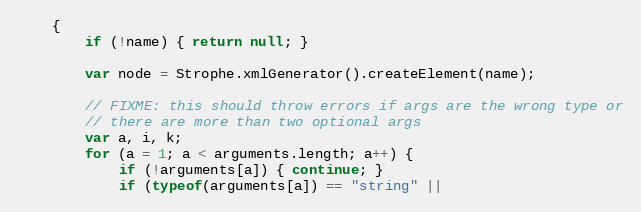
Language: JavaScript
    {
        if (!name) { return null; }

        var node = Strophe.xmlGenerator().createElement(name);

        // FIXME: this should throw errors if args are the wrong type or
        // there are more than two optional args
        var a, i, k;
        for (a = 1; a < arguments.length; a++) {
            if (!arguments[a]) { continue; }
            if (typeof(arguments[a]) == "string" ||